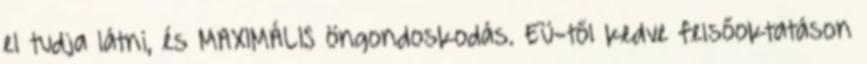
el tudja látni, és MAXIMÁLIS öngondoskodás. Eü-től kedve felsőoktatáson